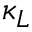
\kappa _ { L }